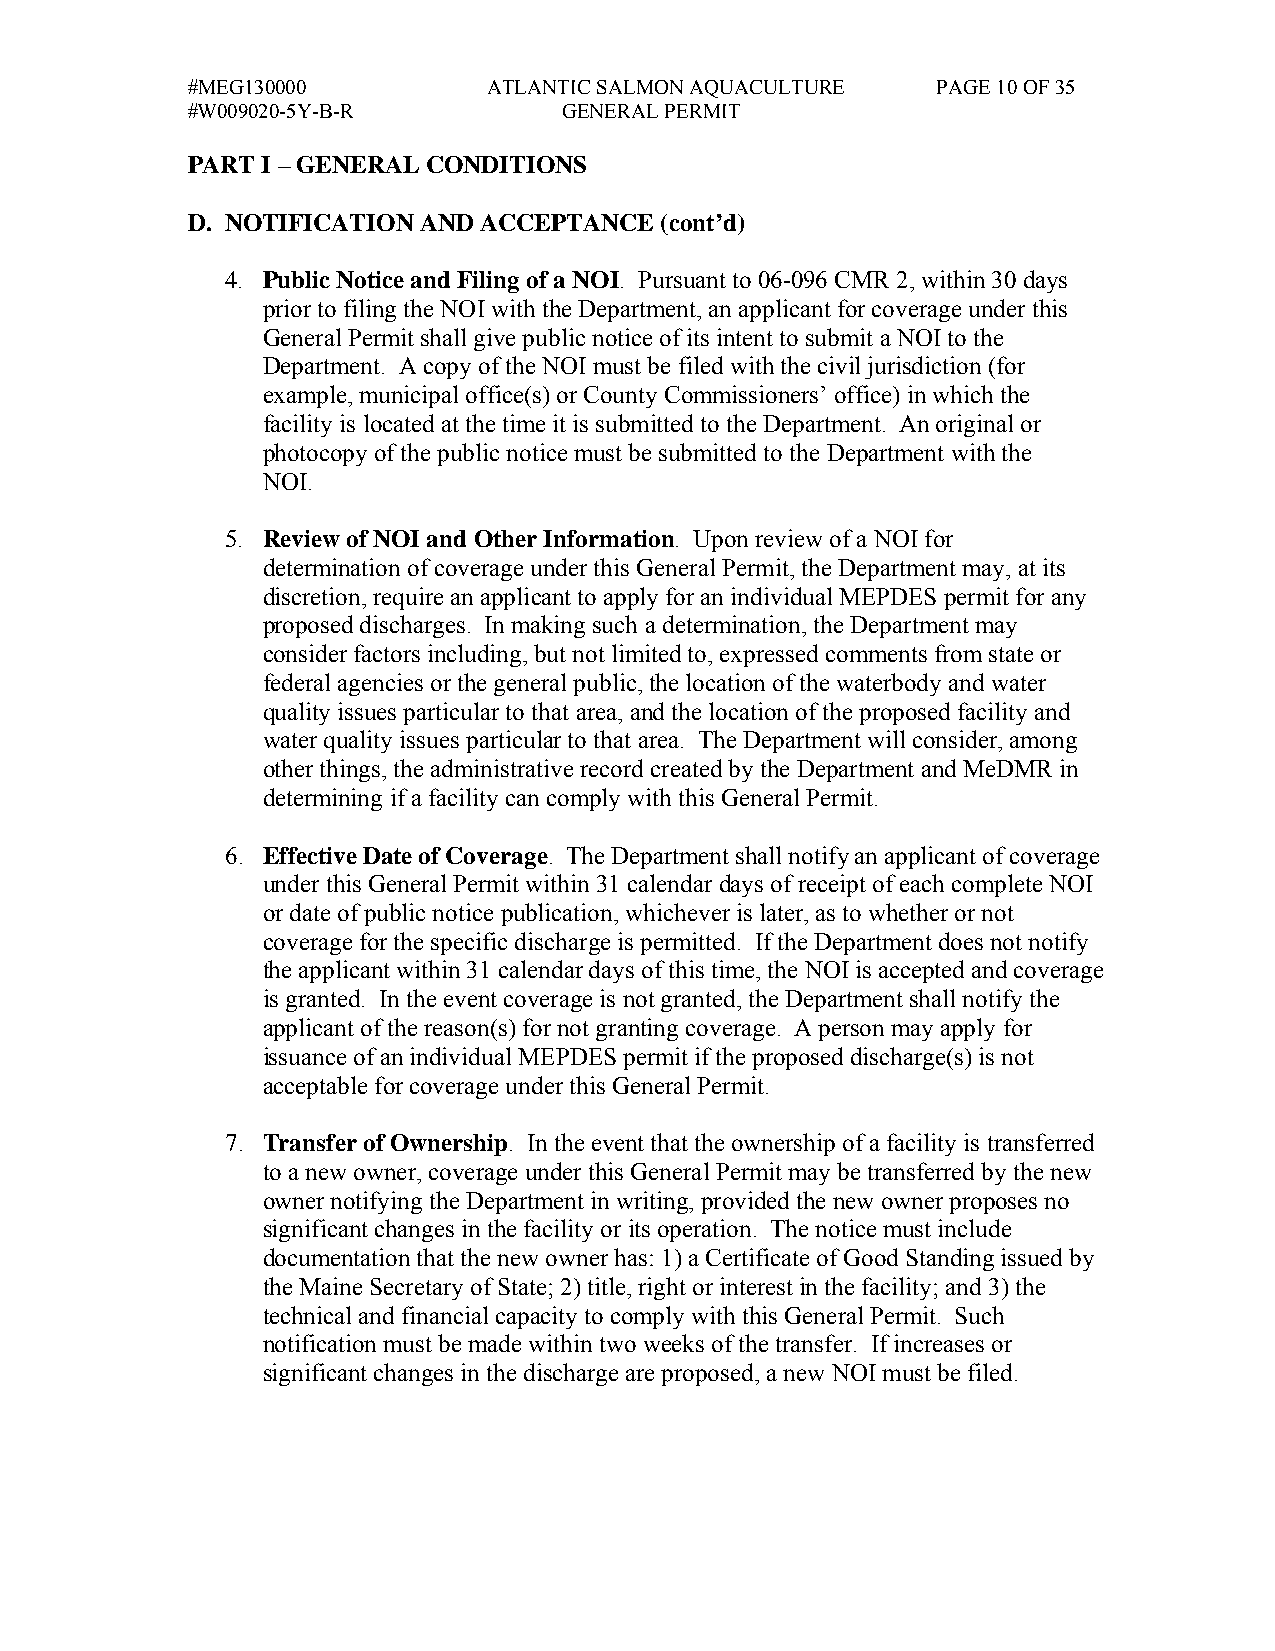
#MEG130000          ATLANTIC SALMON AQUACULTURE   PAGE 10 OF 35
 #W009020-5Y-B-R          GENERAL PERMIT
 PART I – GENERAL CONDITIONS
 D. NOTIFICATION AND ACCEPTANCE  (cont’d)
 4. Public Notice and Filing of a NOI. Pursuant to 06-096 CMR 2, within 30 days
 prior to filing the NOI with the Department, an applicant for coverage under this
 General Permit shall give public notice of its intent to submit a NOI to the
 Department. A copy of the NOI must be filed with the civil jurisdiction (for
 example, municipal office(s) or County Commissioners’ office) in which the
 facility is located at the time it is submitted to the Department. An original or
 photocopy of the public notice must be submitted to the Department with the
 NOI.
 5. Review of NOI and Other Information. Upon review of a NOI for
 determination of coverage under this General Permit, the Department may, at its
 discretion, require an applicant to apply for an individual MEPDES permit for any
 proposed discharges. In making such a determination, the Department may
 consider factors including, but not limited to, expressed comments from state or
 federal agencies or the general public, the location of the waterbody and water
 quality issues particular to that area, and the location of the proposed facility and
 water quality issues particular to that area. The Department will consider, among
 other things, the administrative record created by the Department and MeDMR in
 determining if a facility can comply with this General Permit.
 6. Effective Date of Coverage. The Department shall notify an applicant of coverage
 under this General Permit within 31 calendar days of receipt of each complete NOI
 or date of public notice publication, whichever is later, as to whether or not
 coverage for the specific discharge is permitted. If the Department does not notify
 the applicant within 31 calendar days of this time, the NOI is accepted and coverage
 is granted. In the event coverage is not granted, the Department shall notify the
 applicant of the reason(s) for not granting coverage. A person may apply for
 issuance of an individual MEPDES permit if the proposed discharge(s) is not
 acceptable for coverage under this General Permit.
 7. Transfer of Ownership. In the event that the ownership of a facility is transferred
 to a new owner, coverage under this General Permit may be transferred by the new
 owner notifying the Department in writing, provided the new owner proposes no
 significant changes in the facility or its operation. The notice must include
 documentation that the new owner has: 1) a Certificate of Good Standing issued by
 the Maine Secretary of State; 2) title, right or interest in the facility; and 3) the
 technical and financial capacity to comply with this General Permit. Such
 notification must be made within two weeks of the transfer. If increases or
 significant changes in the discharge are proposed, a new NOI must be filed.